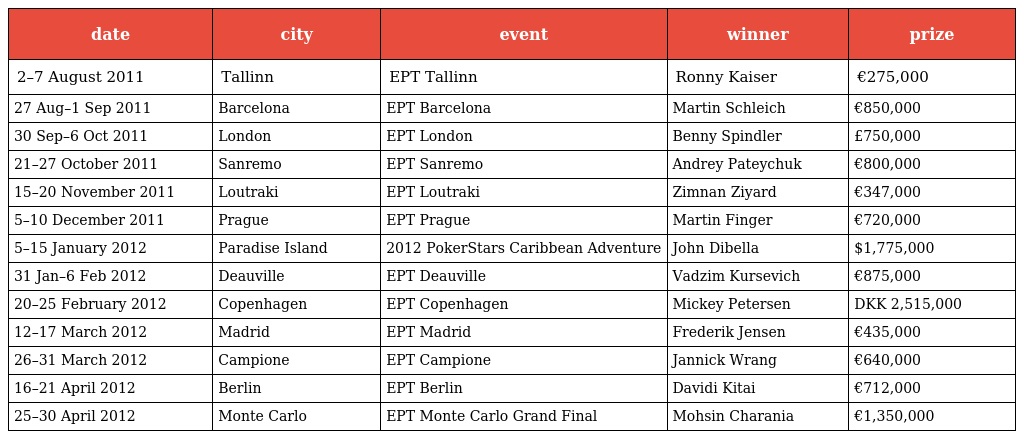
| date | city | event | winner | prize |
 | --- | --- | --- | --- | --- |
 | 2–7 August 2011 | Tallinn | EPT Tallinn | Ronny Kaiser | €275,000 |
 | 27 Aug–1 Sep 2011 | Barcelona | EPT Barcelona | Martin Schleich | €850,000 |
 | 30 Sep–6 Oct 2011 | London | EPT London | Benny Spindler | £750,000 |
 | 21–27 October 2011 | Sanremo | EPT Sanremo | Andrey Pateychuk | €800,000 |
 | 15–20 November 2011 | Loutraki | EPT Loutraki | Zimnan Ziyard | €347,000 |
 | 5–10 December 2011 | Prague | EPT Prague | Martin Finger | €720,000 |
 | 5–15 January 2012 | Paradise Island | 2012 PokerStars Caribbean Adventure | John Dibella | $1,775,000 |
 | 31 Jan–6 Feb 2012 | Deauville | EPT Deauville | Vadzim Kursevich | €875,000 |
 | 20–25 February 2012 | Copenhagen | EPT Copenhagen | Mickey Petersen | DKK 2,515,000 |
 | 12–17 March 2012 | Madrid | EPT Madrid | Frederik Jensen | €435,000 |
 | 26–31 March 2012 | Campione | EPT Campione | Jannick Wrang | €640,000 |
 | 16–21 April 2012 | Berlin | EPT Berlin | Davidi Kitai | €712,000 |
 | 25–30 April 2012 | Monte Carlo | EPT Monte Carlo Grand Final | Mohsin Charania | €1,350,000 |